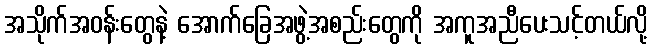
အသိုက်အဝန်းတွေနဲ့ အောက်ခြေအဖွဲ့အစည်းတွေကို အကူအညီပေးသင့်တယ်လို့